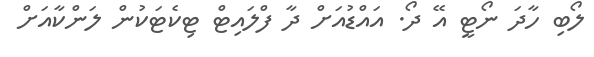
ލޯބި ހާދަ ނޯޓީ އޭ ދޯ. އައްޑުއަށް ދާ ފްލައިޓް ޓިކެޓަކުން ލަންކާއަށް